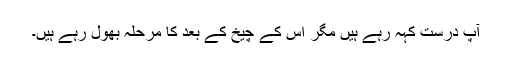
آپ درست کہہ رہے ہیں مگر اس کے چیخ کے بعد کا مرحلہ بھول رہے ہیں۔